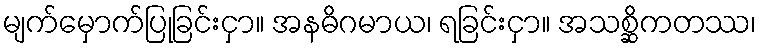
မျက်မှောက်ပြုခြင်းငှာ။ အနဓိဂမာယ၊ ရခြင်းငှာ။ အသစ္ဆိကတဿ၊